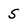
Character: S